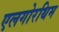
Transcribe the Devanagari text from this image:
एलगोरथिम